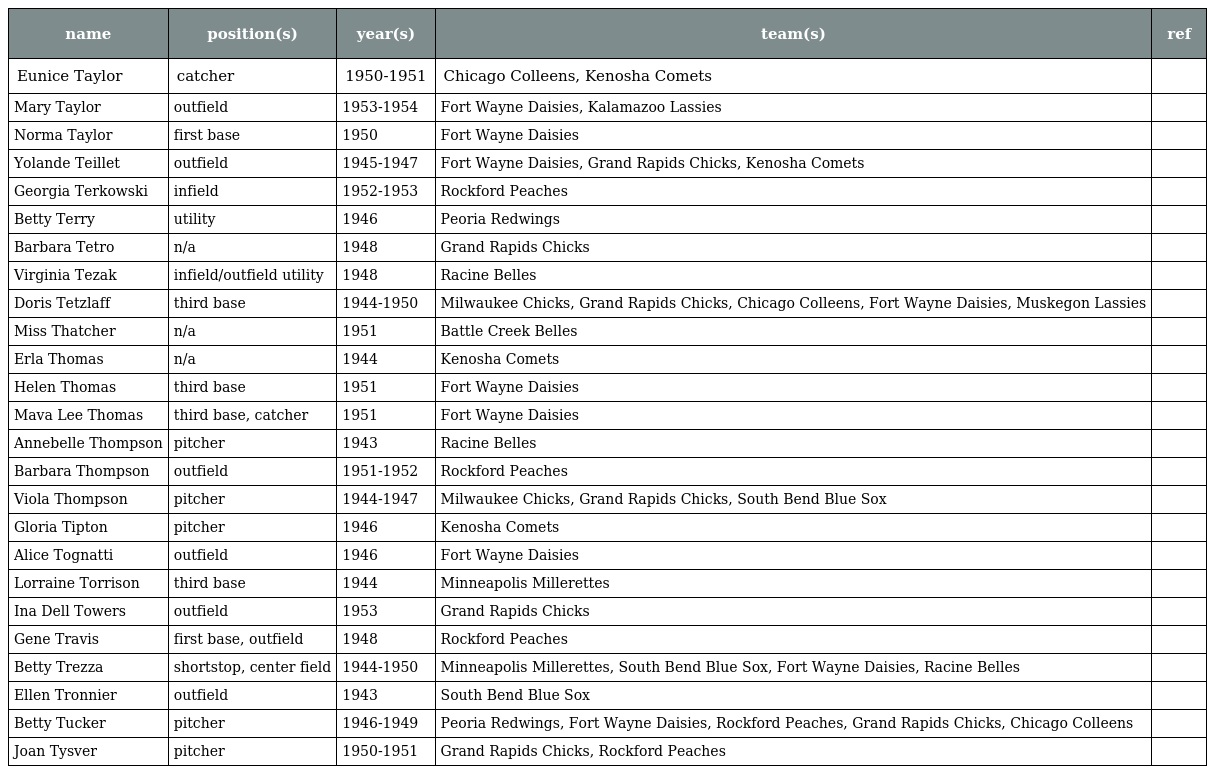
| name | position(s) | year(s) | team(s) | ref |
 | --- | --- | --- | --- | --- |
 | Eunice Taylor | catcher | 1950-1951 | Chicago Colleens, Kenosha Comets |  |
 | Mary Taylor | outfield | 1953-1954 | Fort Wayne Daisies, Kalamazoo Lassies |  |
 | Norma Taylor | first base | 1950 | Fort Wayne Daisies |  |
 | Yolande Teillet | outfield | 1945-1947 | Fort Wayne Daisies, Grand Rapids Chicks, Kenosha Comets |  |
 | Georgia Terkowski | infield | 1952-1953 | Rockford Peaches |  |
 | Betty Terry | utility | 1946 | Peoria Redwings |  |
 | Barbara Tetro | n/a | 1948 | Grand Rapids Chicks |  |
 | Virginia Tezak | infield/outfield utility | 1948 | Racine Belles |  |
 | Doris Tetzlaff | third base | 1944-1950 | Milwaukee Chicks, Grand Rapids Chicks, Chicago Colleens, Fort Wayne Daisies, Muskegon Lassies |  |
 | Miss Thatcher | n/a | 1951 | Battle Creek Belles |  |
 | Erla Thomas | n/a | 1944 | Kenosha Comets |  |
 | Helen Thomas | third base | 1951 | Fort Wayne Daisies |  |
 | Mava Lee Thomas | third base, catcher | 1951 | Fort Wayne Daisies |  |
 | Annebelle Thompson | pitcher | 1943 | Racine Belles |  |
 | Barbara Thompson | outfield | 1951-1952 | Rockford Peaches |  |
 | Viola Thompson | pitcher | 1944-1947 | Milwaukee Chicks, Grand Rapids Chicks, South Bend Blue Sox |  |
 | Gloria Tipton | pitcher | 1946 | Kenosha Comets |  |
 | Alice Tognatti | outfield | 1946 | Fort Wayne Daisies |  |
 | Lorraine Torrison | third base | 1944 | Minneapolis Millerettes |  |
 | Ina Dell Towers | outfield | 1953 | Grand Rapids Chicks |  |
 | Gene Travis | first base, outfield | 1948 | Rockford Peaches |  |
 | Betty Trezza | shortstop, center field | 1944-1950 | Minneapolis Millerettes, South Bend Blue Sox, Fort Wayne Daisies, Racine Belles |  |
 | Ellen Tronnier | outfield | 1943 | South Bend Blue Sox |  |
 | Betty Tucker | pitcher | 1946-1949 | Peoria Redwings, Fort Wayne Daisies, Rockford Peaches, Grand Rapids Chicks, Chicago Colleens |  |
 | Joan Tysver | pitcher | 1950-1951 | Grand Rapids Chicks, Rockford Peaches |  |